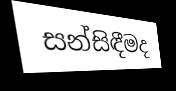
සන්සිඳීමද